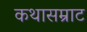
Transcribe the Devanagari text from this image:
कथासम्राट